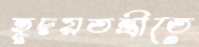
হূদয়তন্ত্রীতে